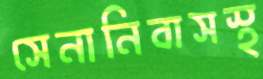
সেনানিবাসস্থ